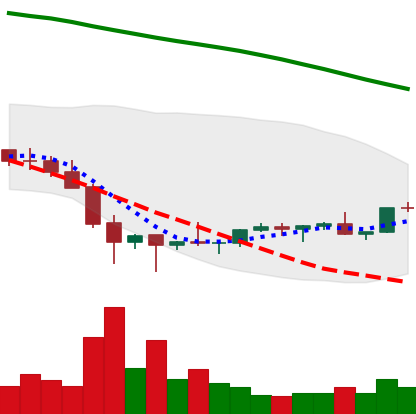
Ticker: EOS-USD
Chart end date: 2022-02-05
Forward return: 3.259%
Label: up_3_5